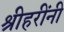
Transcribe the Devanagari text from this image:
श्रीहरींनी